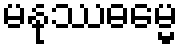
မနုဿဓမ္မေ